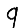
Digit: 9